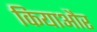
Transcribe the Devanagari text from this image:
कियाऔर